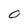
Character: O